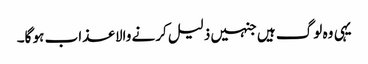
یہی وہ لوگ ہیں جنہیں ذلیل کرنے والا عذاب ہو گا۔